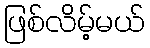
ဖြစ်လိမ့်မယ်